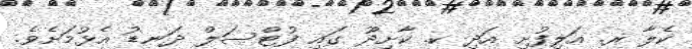
ކެލާ ރ. އަލިފުށި އަދި ކ. ކާށިދޫ ގައި ފުޓްސަލް ދަނޑު އެޅުމަށެވެ.